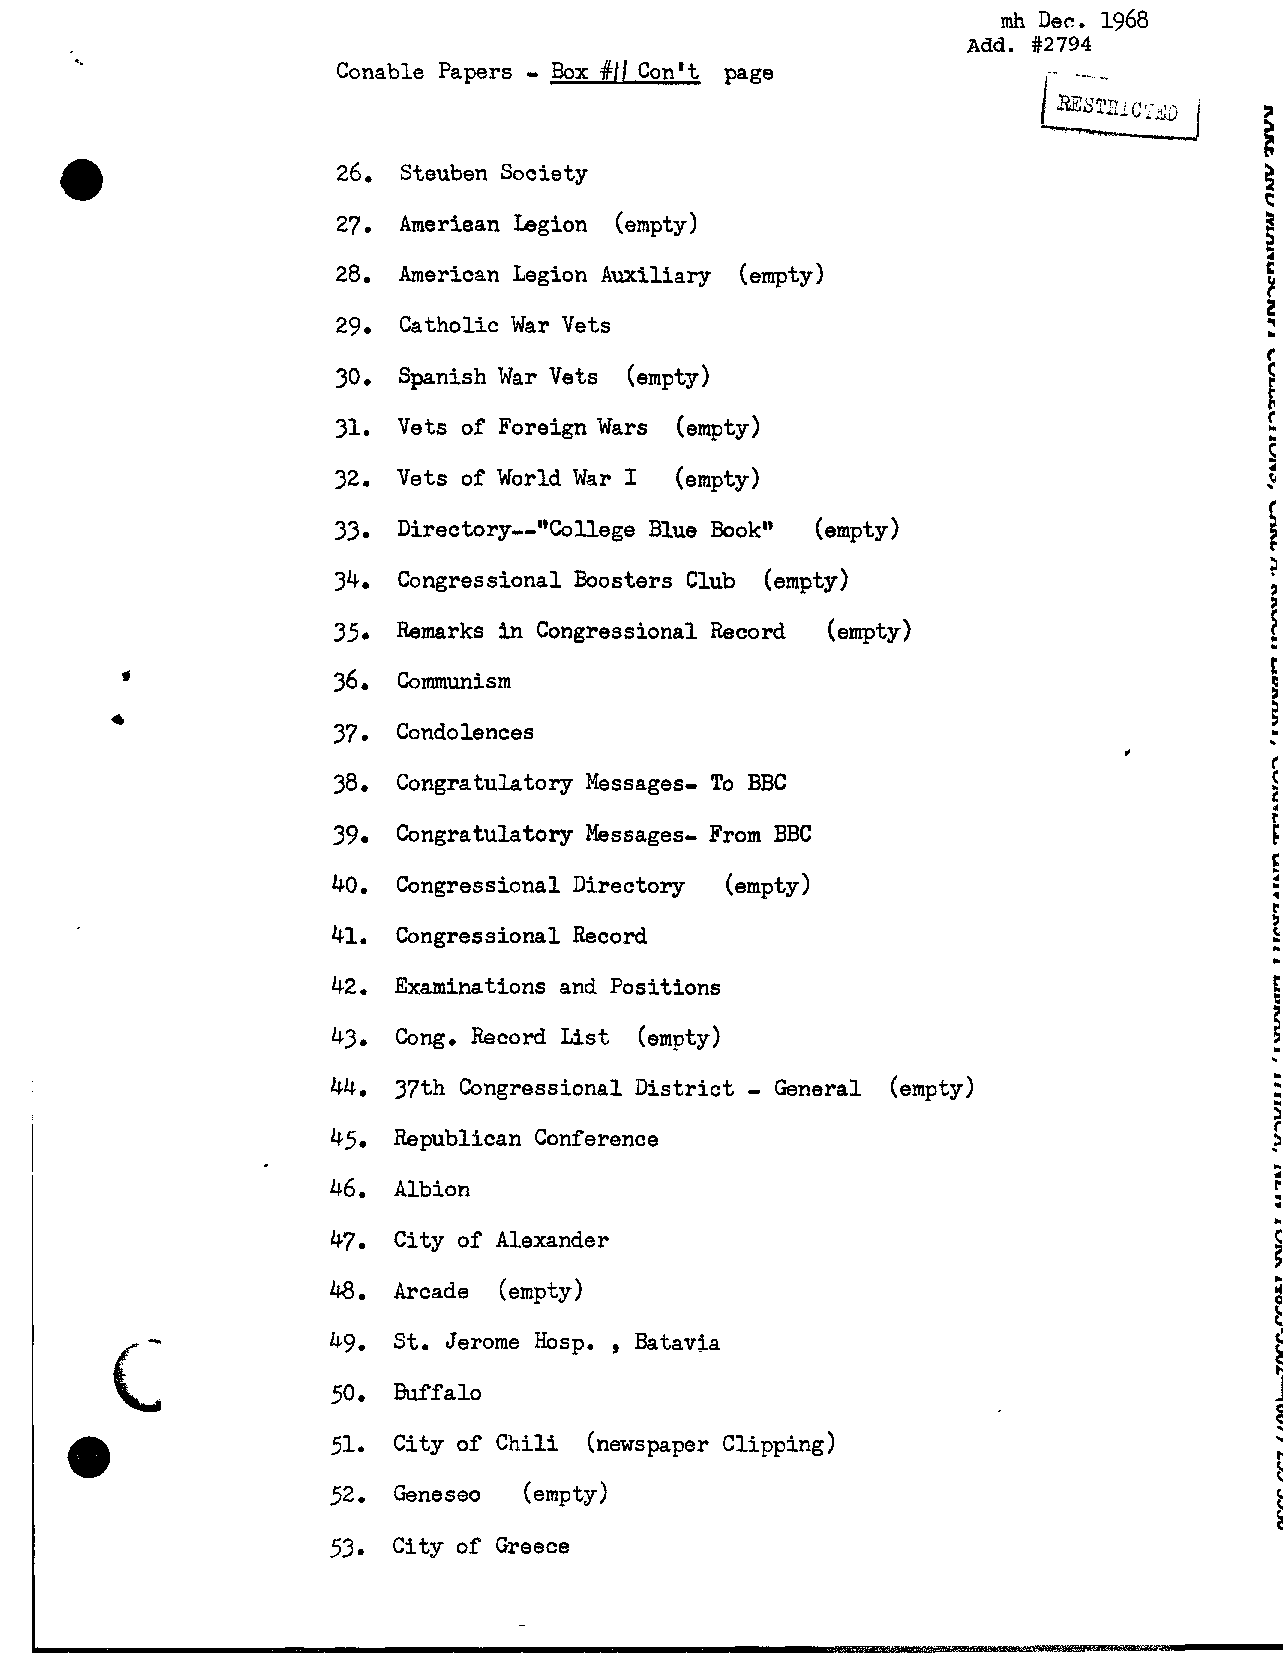
mh Dec. 1968
 ~dd.# 2794
 ..
 Conable Papers Box #/CIo n't page                --- ._
 26. Steuben Society
 27. Ameriaan Legion (empty)
 28. American Legion Auxiliary (empty)
 29. Catholic War Vets
 30  Spanish War Vets (empty)
 31. Vets of Foreign Wars (empty)
 32  Vets of World War I (empty)
 C
 33. Directory--"College Blue Bookw (empty)                    8
 P
 Congressional Boosters Club (empty)
 Remarks in Congressional Record (empty)
 Communism
 Condolences
 Congratulatory Messages- To BBC
 Congratulatory Messages- From BBC
 Congressional Directory (empty)
 Congressional Record
 42. Examinations and Positions
 43. Cong. Record List (empty)
 -
 44. 37th Congressional District General (empty)
 4   Republican Conference
 46. Albian
 47. City of Alexander
 48. Arcade (empty)
 ,
 49. St. Jerome Hosp. Batavia
 50. Buffalo
 51. City of Chili (newspaper clipping)
 52  Geneseo  (empty)
 53. City of Greece